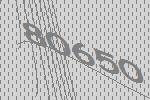
80650